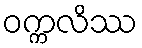
ဝက္ကလိဿ